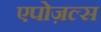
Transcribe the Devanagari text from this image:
एपोज़ल्स